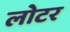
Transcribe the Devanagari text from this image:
लोटर